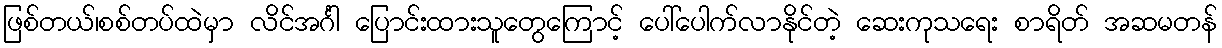
ဖြစ်တယ်၊စစ်တပ်ထဲမှာ လိင်အင်္ဂါ ပြောင်းထားသူတွေကြောင့် ပေါ်ပေါက်လာနိုင်တဲ့ ဆေးကုသရေး စာရိတ် အဆမတန်